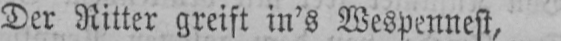
Der Ritter greift in’s Wespennest,